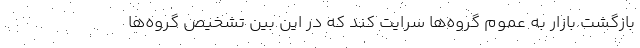
بازگشت بازار به عموم گروه‌ها سرایت کند که در این بین تشخیص گروه‌ها